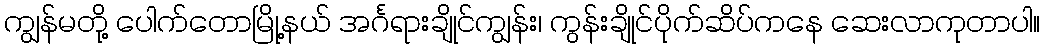
ကျွန်မတို့ ပေါက်တောမြို့နယ် အင်္ဂရားချိုင်ကျွန်း၊ ကွန်းချိုင်ပိုက်ဆိပ်ကနေ ဆေးလာကုတာပါ။